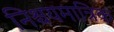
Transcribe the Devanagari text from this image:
निश्चयमात्रिक